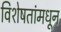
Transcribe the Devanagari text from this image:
विशेषतांमधून